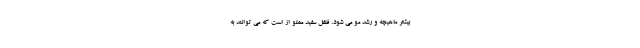
بیشتر ماهیچه و رشد مو می شود. فلفل سفید مملو از است که می توانند به